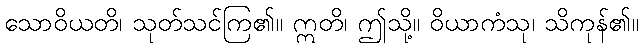
သောဝိယတိ၊ သုတ်သင်ကြ၏။ ဣတိ၊ ဤသို့။ ဝိယာကံသု၊ သိကုန်၏။